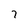
Character: 7